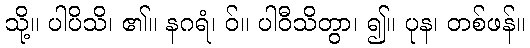
သို့။ ပါပိသိ၊ ၏။ နဂရံ၊ ဝ်။ ပါဝီသိတွာ၊ ၍။ ပုန၊ တစ်ဖန်။